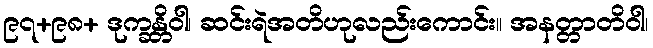
၉၇+၉၈+ ဒုက္ခန္တိဝါ၊ ဆင်းရဲအတိဟုလည်းကောင်း။ အနတ္တာတိဝါ၊